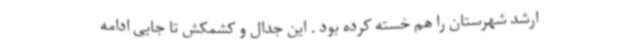
ارشد شهرستان را هم خسته کرده بود . این جدال و کشمکش تا جایی ادامه